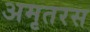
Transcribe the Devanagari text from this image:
अमृतरस